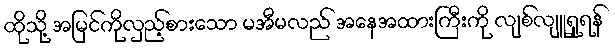
ထိုသို့ အမြင်ကိုလှည့်စားသော မအီမလည် အနေအထားကြီးကို လျစ်လျူရှုရန်